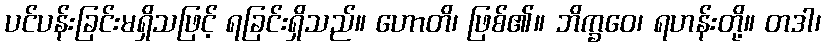
ပင်ပန်းခြင်းမရှိသဖြင့် ရခြင်းရှိသည်။ ဟောတိ၊ ဖြစ်၏။ ဘိက္ခဝေ၊ ရဟန်းတို့။ တဒါ၊